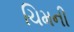
ચિમની